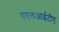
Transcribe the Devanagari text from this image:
यूएलआईटीए